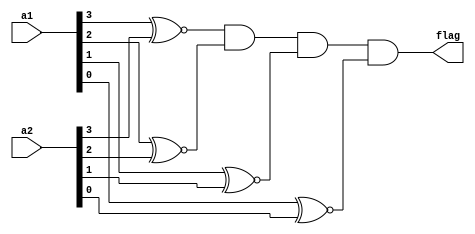
module Code(flag, a1, a2);
input [3:0] a1, a2;
output flag; 
wire w0,w1,w2,w3;

assign flag = ((a1[3])~^(a2[3]))&((a1[2])~^(a2[2]))&((a1[1])~^(a2[1]))&((a1[0])~^(a2[0]));
//assign flag = (a1 == a2);
/*
xnor(w0,a1[0],a2[0]);
xnor(w1,a1[1],a2[1]);
xnor(w2,a1[2],a2[2]);
xnor(w3,a1[3],a2[3]);

and (flag,w0,w1,w2,w3);
*/

endmodule